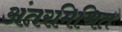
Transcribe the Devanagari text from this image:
अंतरमिश्रित